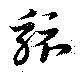
駭